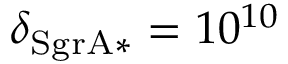
\delta _ { \mathrm { S g r A * } } = 1 0 ^ { 1 0 }